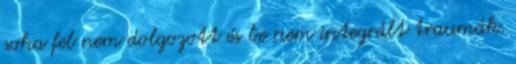
soha fel nem dolgozott és be nem integrált traumák.